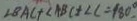
\angle B A C + \angle A B C + \angle C = 1 8 0 ^ { \circ } .